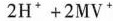
2 H ^ { + } + 2 M V ^ { + }$$